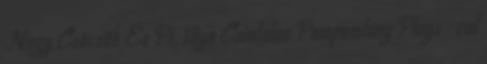
Nagy Csöcsök És Pi. 18yo Csintalan Pompomlány Plays -val